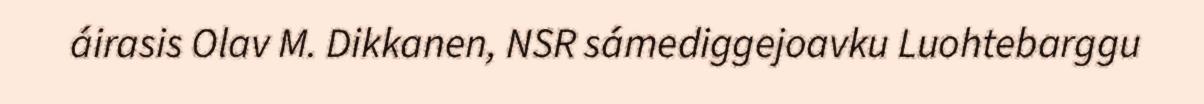
áirasis Olav M. Dikkanen, NSR sámediggejoavku Luohtebarggu